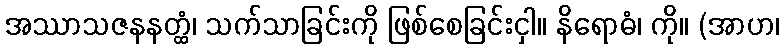
အဿာသဇနနတ္ထံ၊ သက်သာခြင်းကို ဖြစ်စေခြင်းငှါ။ နိရောဓံ၊ ကို။ (အာဟ၊